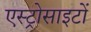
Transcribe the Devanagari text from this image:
एस्ट्रोसाइटों